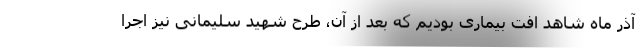
آذر ماه شاهد افت بیماری بودیم که بعد از آن، طرح شهید سلیمانی نیز اجرا